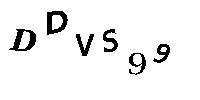
DDVS99